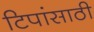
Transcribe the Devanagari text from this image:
टिपांसाठी